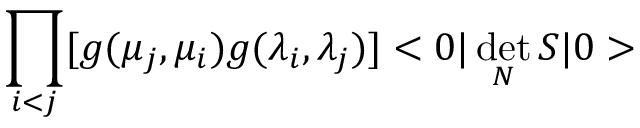
\prod _ { i < j } [ g ( \mu _ { j } , \mu _ { i } ) g ( \lambda _ { i } , \lambda _ { j } ) ] < 0 | \operatorname * { d e t } _ { N } S | 0 >